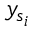
y _ { s _ { i } }